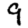
Digit: 9